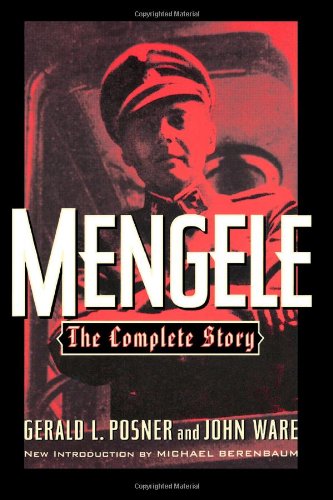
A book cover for Mengele: The Complete Story; Gerald L. Posner; Biographies & Memoirs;